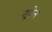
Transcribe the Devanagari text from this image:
द्यूतेन